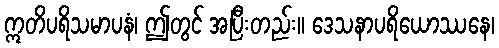
ဣတိပရိသမာပနံ၊ ဤတွင် အပြီးတည်း။ ဒေသနာပရိယောဿနေ၊